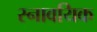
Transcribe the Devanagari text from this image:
स्नावयिक